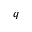
q